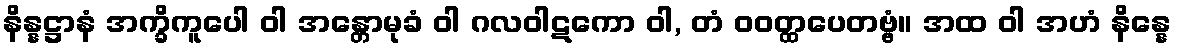
နိန္နဋ္ဌာနံ အက္ခိကူပေါ ဝါ အန္တောမုခံ ဝါ ဂလဝါဋကော ဝါ, တံ ဝဝတ္ထပေတဗ္ဗံ။ အထ ဝါ အဟံ နိန္နေ